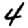
Digit: 4